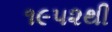
૧૯૫૨થી